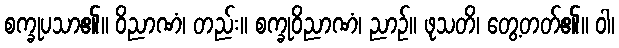
စက္ခုပသာ၏။ ဝိညာဏံ၊ တည်း။ စက္ခုဝိညာဏံ၊ ညာဉ်။ ဖုသတိ၊ တွေ့တတ်၏။ ဝါ၊